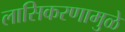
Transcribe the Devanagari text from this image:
लासिकरणामुळे